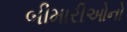
બીમારીઓનો